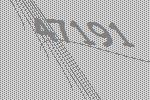
47191